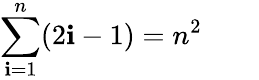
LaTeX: \sum_{\mathbf{i}=1}^{n}(2\mathbf{i}-1)=n^{2}\qquad